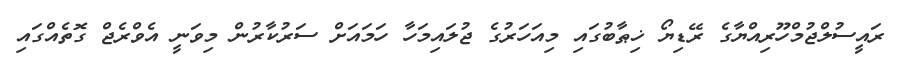
ރައީސުލްޖުމްހޫރިއްޔާގެ ރޭޑިޔޯ ޚިޠާބުގައި މިއަހަރުގެ ޖުލައިމަހާ ހަމައަށް ސަރުކާރުން މިވަނީ އެވްރެޖް ގޮތެއްގައި